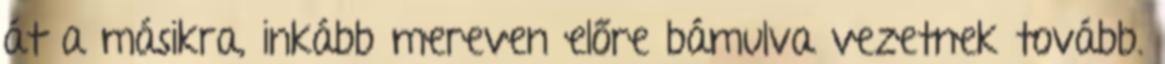
át a másikra, inkább mereven előre bámulva vezetnek tovább.